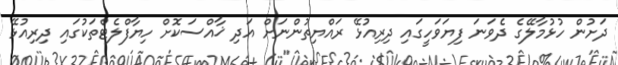
ދަށުން ހުޅުމާލޭގެ ދެވަނަ ފިޔަވަހީގައި ދިރިއުޅޭ ރައްޔިތުންނަށް އަދި ޚާއްސަކޮށް ހިޔާފްލެޓްތަކުގައި ދިރިއުޅޭ